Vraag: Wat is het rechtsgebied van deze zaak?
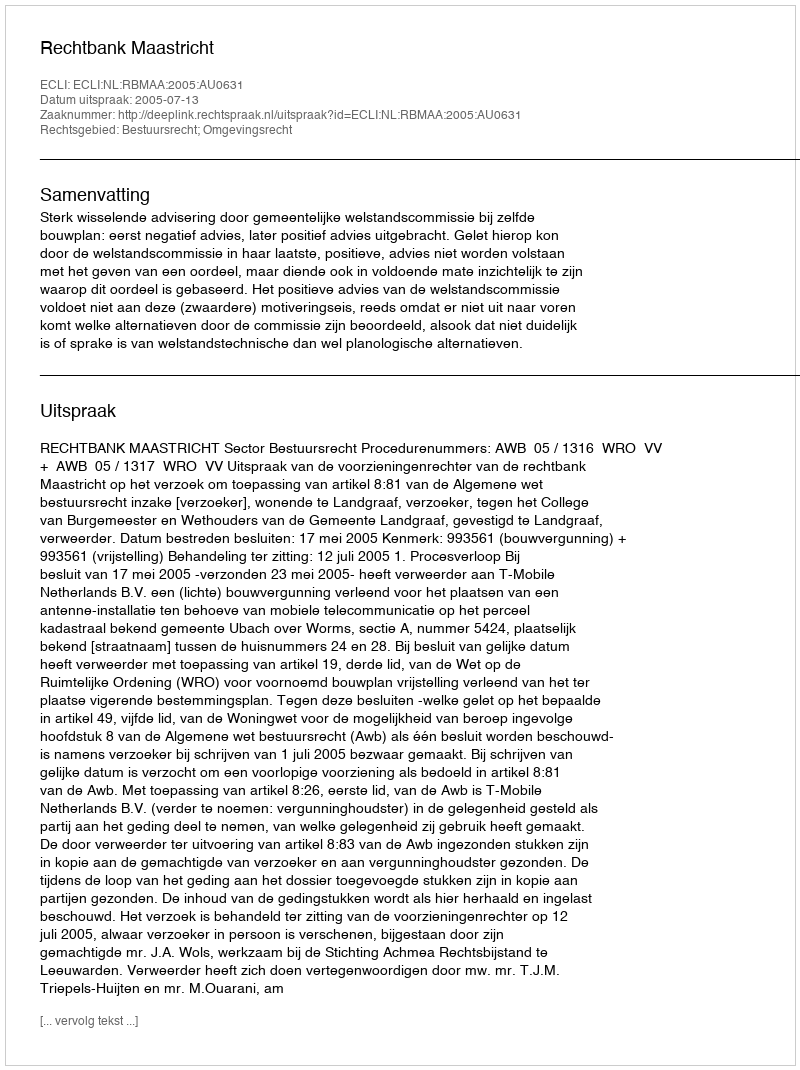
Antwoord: Bestuursrecht; Omgevingsrecht